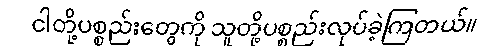
ငါတို့ပစ္စည်းတွေကို သူတို့ပစ္စည်းလုပ်ခဲ့ကြတယ်။